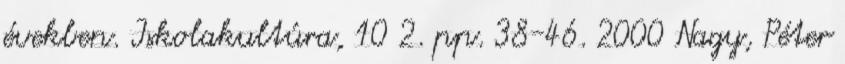
években. Iskolakultúra, 10 2. pp. 38-46. 2000 Nagy, Péter